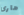
هارى